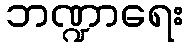
ဘဏ္ဍာရေး